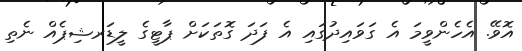
އޮވޭ. އެހެންވީމަ އެ ގަވައިދުގައި އެ ފަދަ ގޮތަކަށް ޕާޓީގެ ލީޑަރޝިޕެއް ނެތި